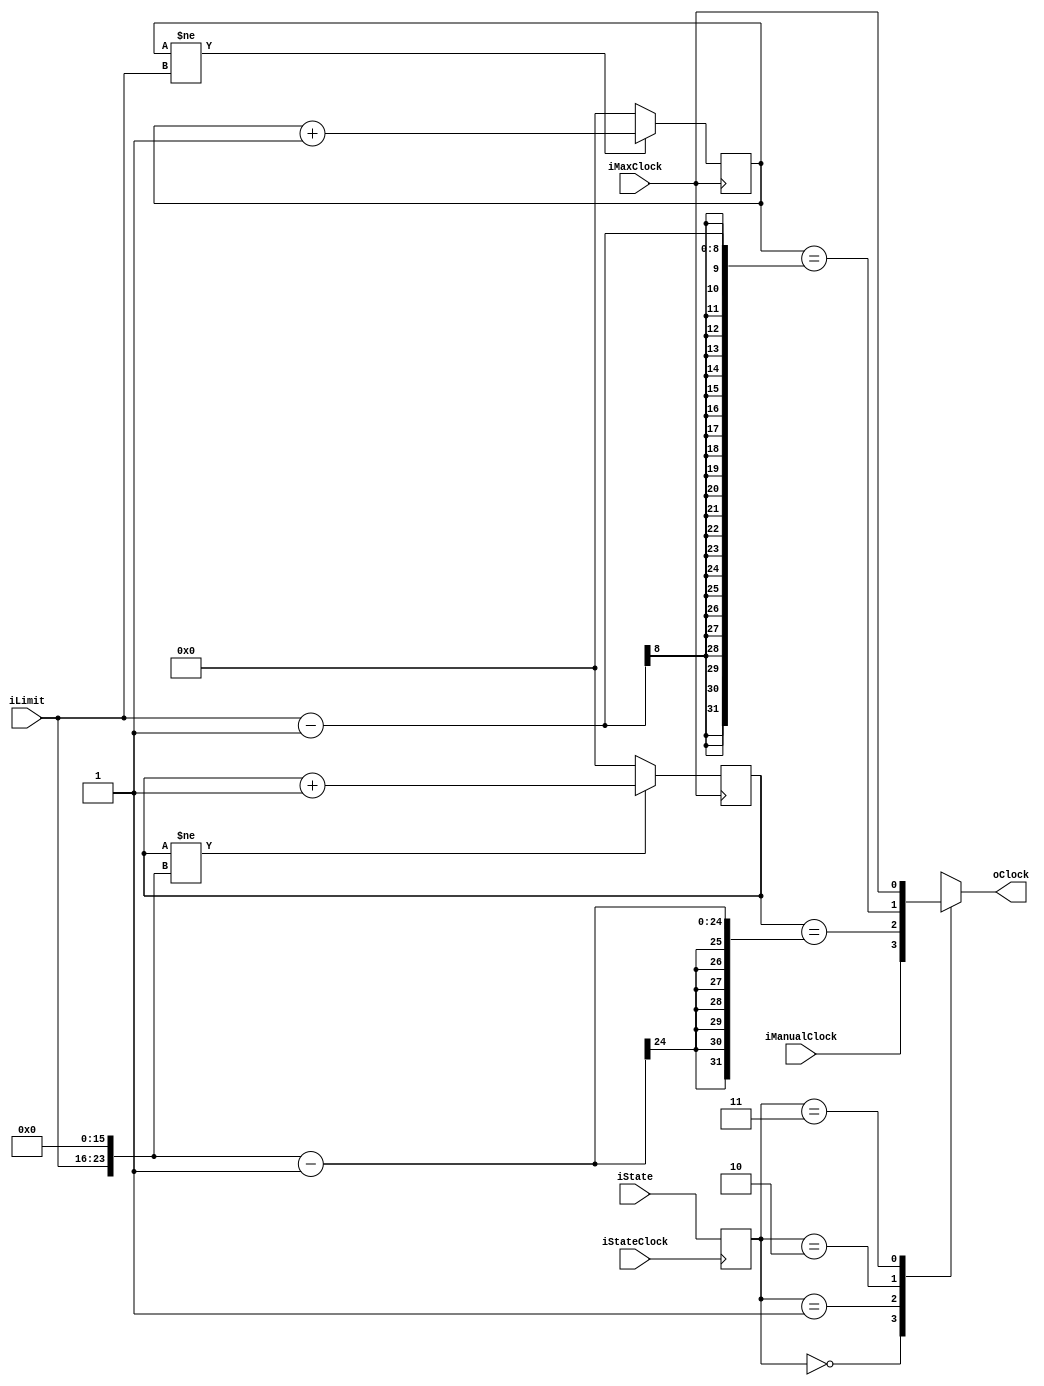
module clock(
	input iStateClock,
	input [1:0] iState,
	input iMaxClock,
	input iManualClock,
	input [7:0] iLimit,
	output oClock
);

reg [1:0] state;
reg [31:0] slow_counter, fast_counter;
wire [31:0] slow_limit, fast_limit;

initial begin
	state <= 2'd0;
	slow_counter <= 32'd0;
	fast_counter <= 32'd0;
end

always @(posedge iStateClock) begin
	state <= iState;
end

assign slow_limit = {8'b0, iLimit, 16'b0};
assign fast_limit = {24'b0, iLimit};

always @(posedge iMaxClock) begin
	slow_counter <= (slow_counter != slow_limit) ? slow_counter + 32'd1 : 32'd0;
	fast_counter <= (fast_counter != fast_limit) ? fast_counter + 32'd1 : 32'd0;
end

always @(state) begin
	case (state)
		2'b00: oClock <= iManualClock;
		2'b01: oClock <= slow_counter == (slow_limit - 32'd1);
		2'b10: oClock <= fast_counter == (fast_limit - 32'd1);
		2'b11: oClock <= iMaxClock;
	endcase
end

endmodule